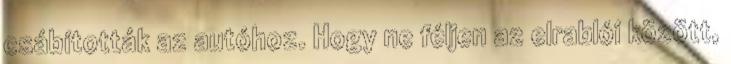
csábították az autóhoz. Hogy ne féljen az elrablói között,